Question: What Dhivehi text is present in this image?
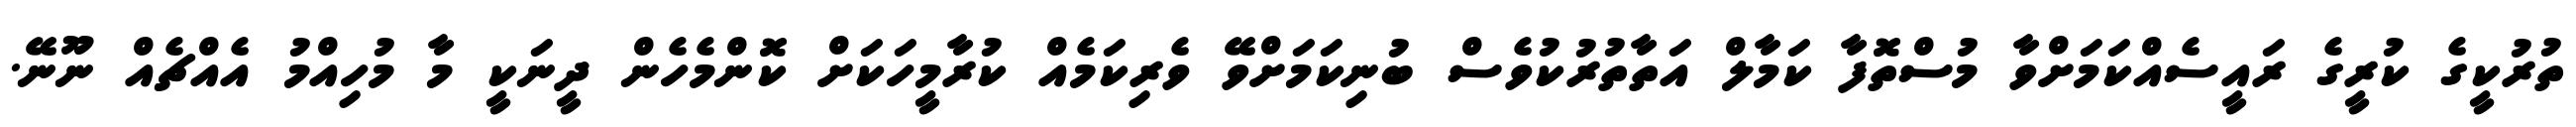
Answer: ތުރުކީގެ ކުރީގެ ރައީސެއްކަމަށްވާ މުސްތޮފާ ކަމާލް އަތާތުރުކުވެސް ބުނިކަމަށްވޭ ވެރިކަމެއް ކުރާމީހަކަށް ކޮންމެހެން ދީނަކީ މާ މުހިއްމު އެއްޗެއް ނޫނޭ.